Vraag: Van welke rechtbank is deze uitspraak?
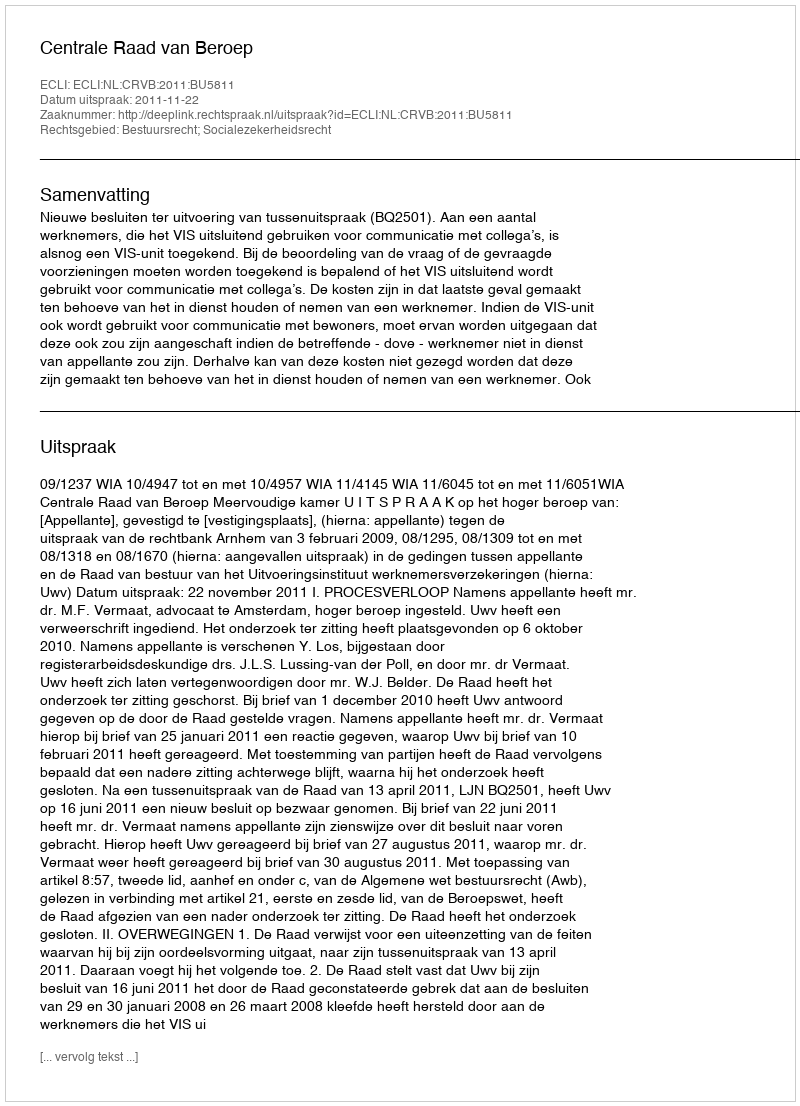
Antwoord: Centrale Raad van Beroep